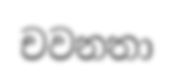
චවනතා